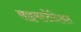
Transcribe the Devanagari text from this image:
साइमल्टैनिअस